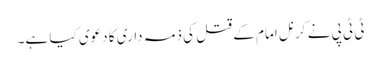
ٹی ٹی پی نے کرنل امام کے قتل کی ذمہ داری کا دعوی کیا ہے۔